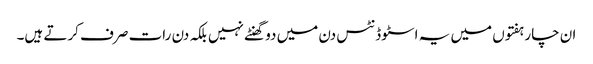
ان چار ہفتوں میں یہ اسٹوڈنٹس دن میں دو گھنٹے نہیں بلکہ دن رات صرف کرتے ہیں۔